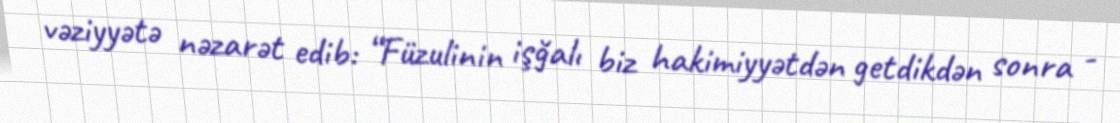
vəziyyətə nəzarət edib: “Füzulinin işğalı biz hakimiyyətdən getdikdən sonra -